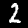
Label: 2